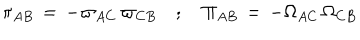
\pi _ { A B } \, = \, - \varpi _ { A C } \, \varpi _ { C B } \quad ; \quad \Pi _ { A B } \, = \, - \Omega _ { A C } \, \Omega _ { C B }